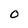
Character: O